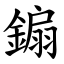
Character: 䥇